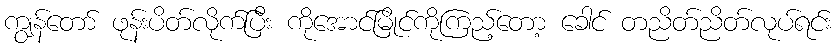
ကျွန်တော် ဖုန်းပိတ်လိုက်ပြီး ကိုအောင်မြိုင်ကိုကြည့်တော့ ခေါင် တညိတ်ညိတ်လုပ်ရင်း